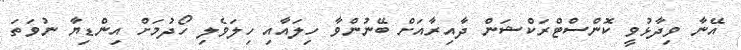
އޭނާ ވިދާޅުވީ ކޮންސްޓްރަކްޝަން ދާއިރާއަށް ބޭނުންވާ ހިލައާއި ހިލަވެލި ހޯދުމަށް އިންޑިޔާ ނުވަތަ